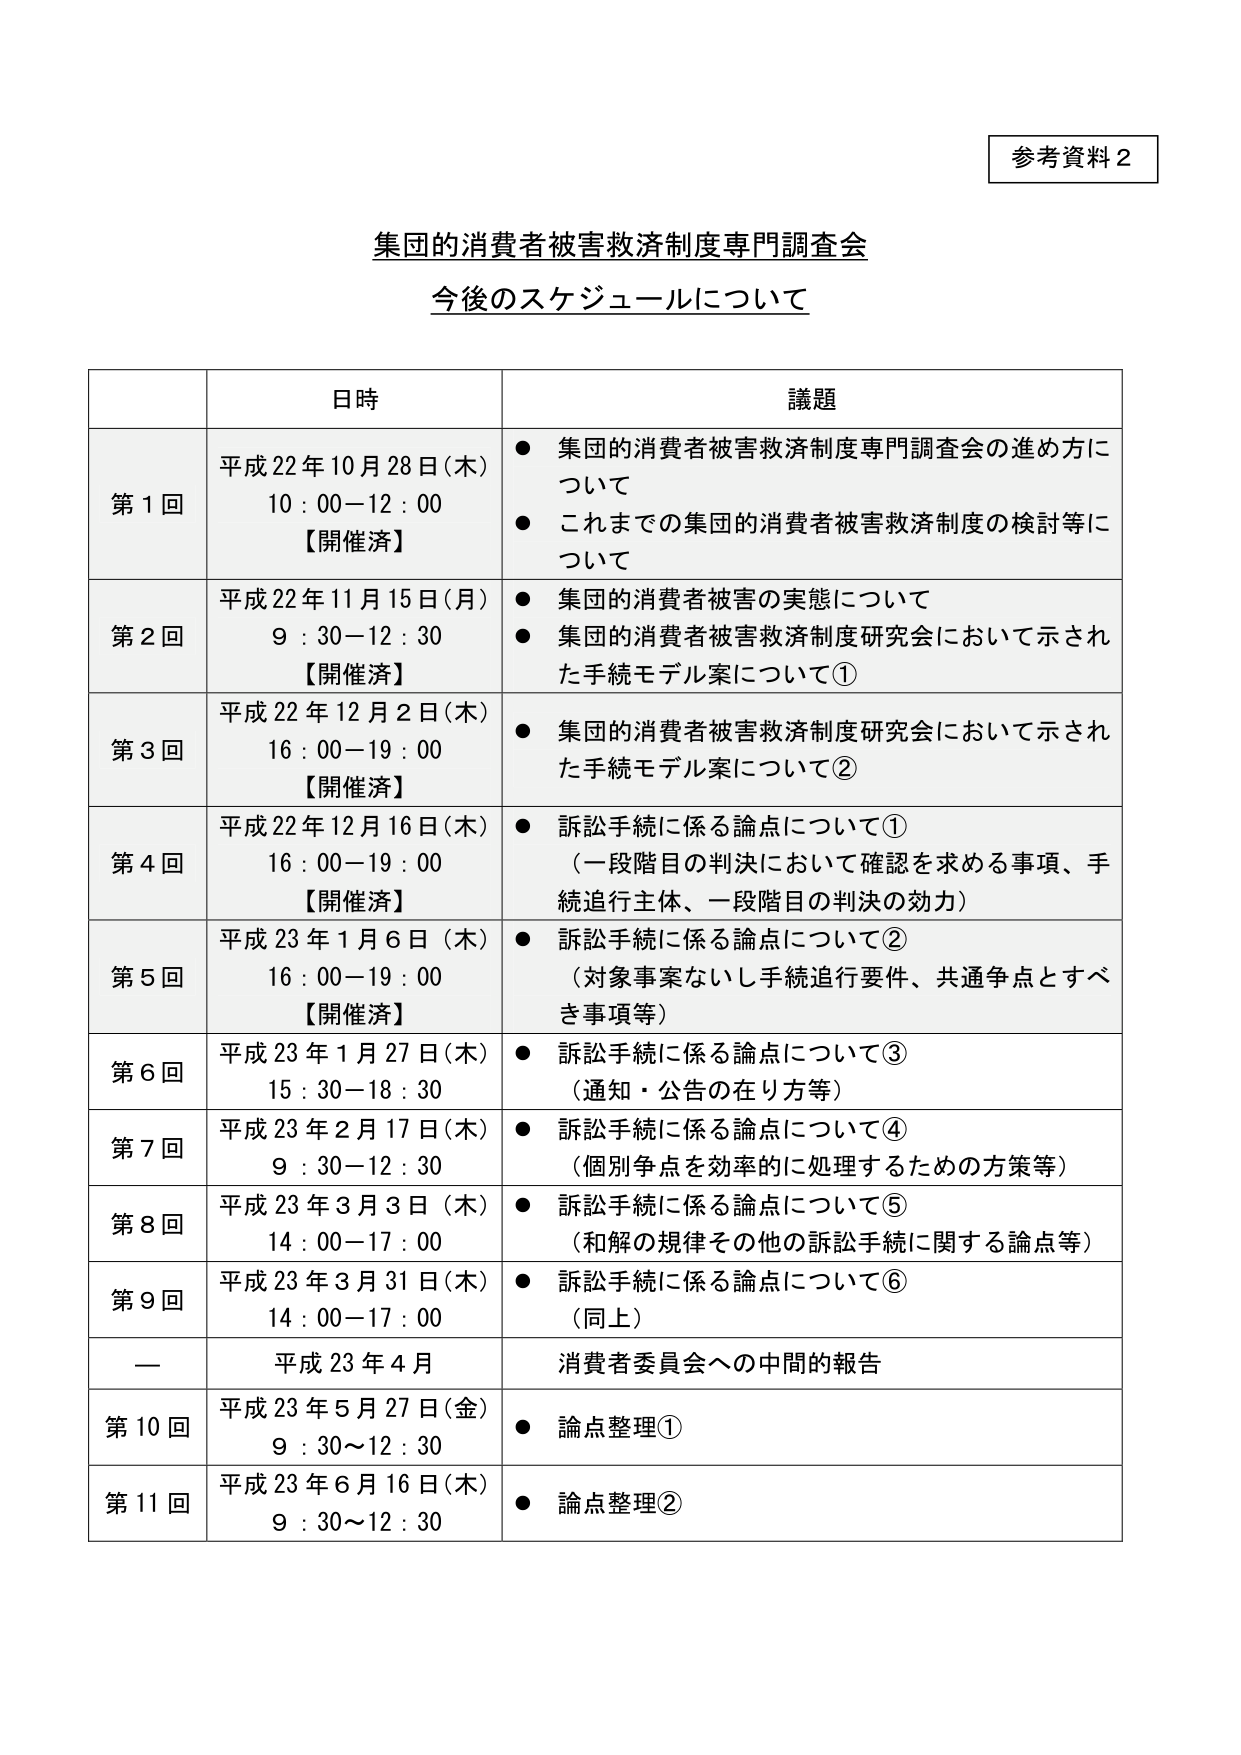
参考資料２

集団的消費者被害救済制度専門調査会
今後のスケジュールについて

日時 議題
第１回 平成22年10月28日（月） ● 集団的消費者被害救済制度専門調査会の進め方について
10：00－12：00 ● これまでの集団的消費者被害救済制度の検討等について
【開催済】

第２回 平成22年11月15日（月） ● 集団的消費者被害の実態について
9：30－12：30 ● 集団的消費者被害救済制度研究会において示された手続モデル案について①
【開催済】

第３回 平成22年12月2日（木） ● 集団的消費者被害救済制度研究会において示された手続モデル案について②
16：00－19：00
【開催済】

第４回 平成22年12月16日（木） ● 訴訟手続に係る論点について①
16：00－19：00 （一段階目の判決において確認を求める事項、手続追行主体、一段階目の判決の効力）
【開催済】

第５回 平成23年1月6日（木） ● 訴訟手続に係る論点について②
16：00－19：00 （対象事案ないし手続追行要件、共通争点とすべき事項等）
【開催済】

第６回 平成23年1月27日（木） ● 訴訟手続に係る論点について③
15：30－18：30 （通知・公告の在り方等）

第７回 平成23年2月17日（木） ● 訴訟手続に係る論点について④
9：30－12：30 （個別争点を効率的に処理するための方策等）

第８回 平成23年3月3日（木） ● 訴訟手続に係る論点について⑤
14：00－17：00 （和解の規律その他の訴訟手続に関する論点等）

第９回 平成23年3月31日（木） ● 訴訟手続に係る論点について⑥
14：00－17：00 （同上）

ー 平成23年4月 消費者委員会への中間的報告

第10回 平成23年5月27日（金） ● 論点整理①
9：30～12：30

第11回 平成23年6月16日（木） ● 論点整理②
9：30～12：30